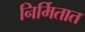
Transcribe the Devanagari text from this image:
निर्मितात